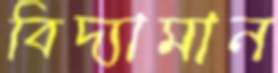
বিদ্যামান